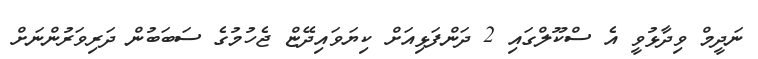
ނަދީމް ވިދާޅުވީ އެ ސްކޫލްގައި 2 ދަންފަޅިއަށް ކިޔަވައިދޭޏް ޖެހުމުގެ ސަބަބުން ދަރިވަރުންނަށް